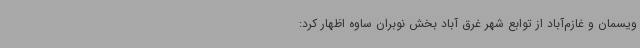
ویسمان و غازم‌آباد از توابع شهر غرق آباد بخش نوبران ساوه اظهار کرد: